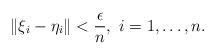
LaTeX: \begin{align*}\lVert \xi_i - \eta_i\rVert <\frac{\epsilon}{n} , \ i=1,\dots,n.\end{align*}